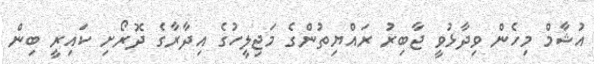
އުޝާމް މިހެން ވިދާޅުވީ ޖާބިރު ރައްޔިތުންގެ މަޖިލީހުގެ އިދާރާގެ ދޮރޯށި ކައިރީ ބިން